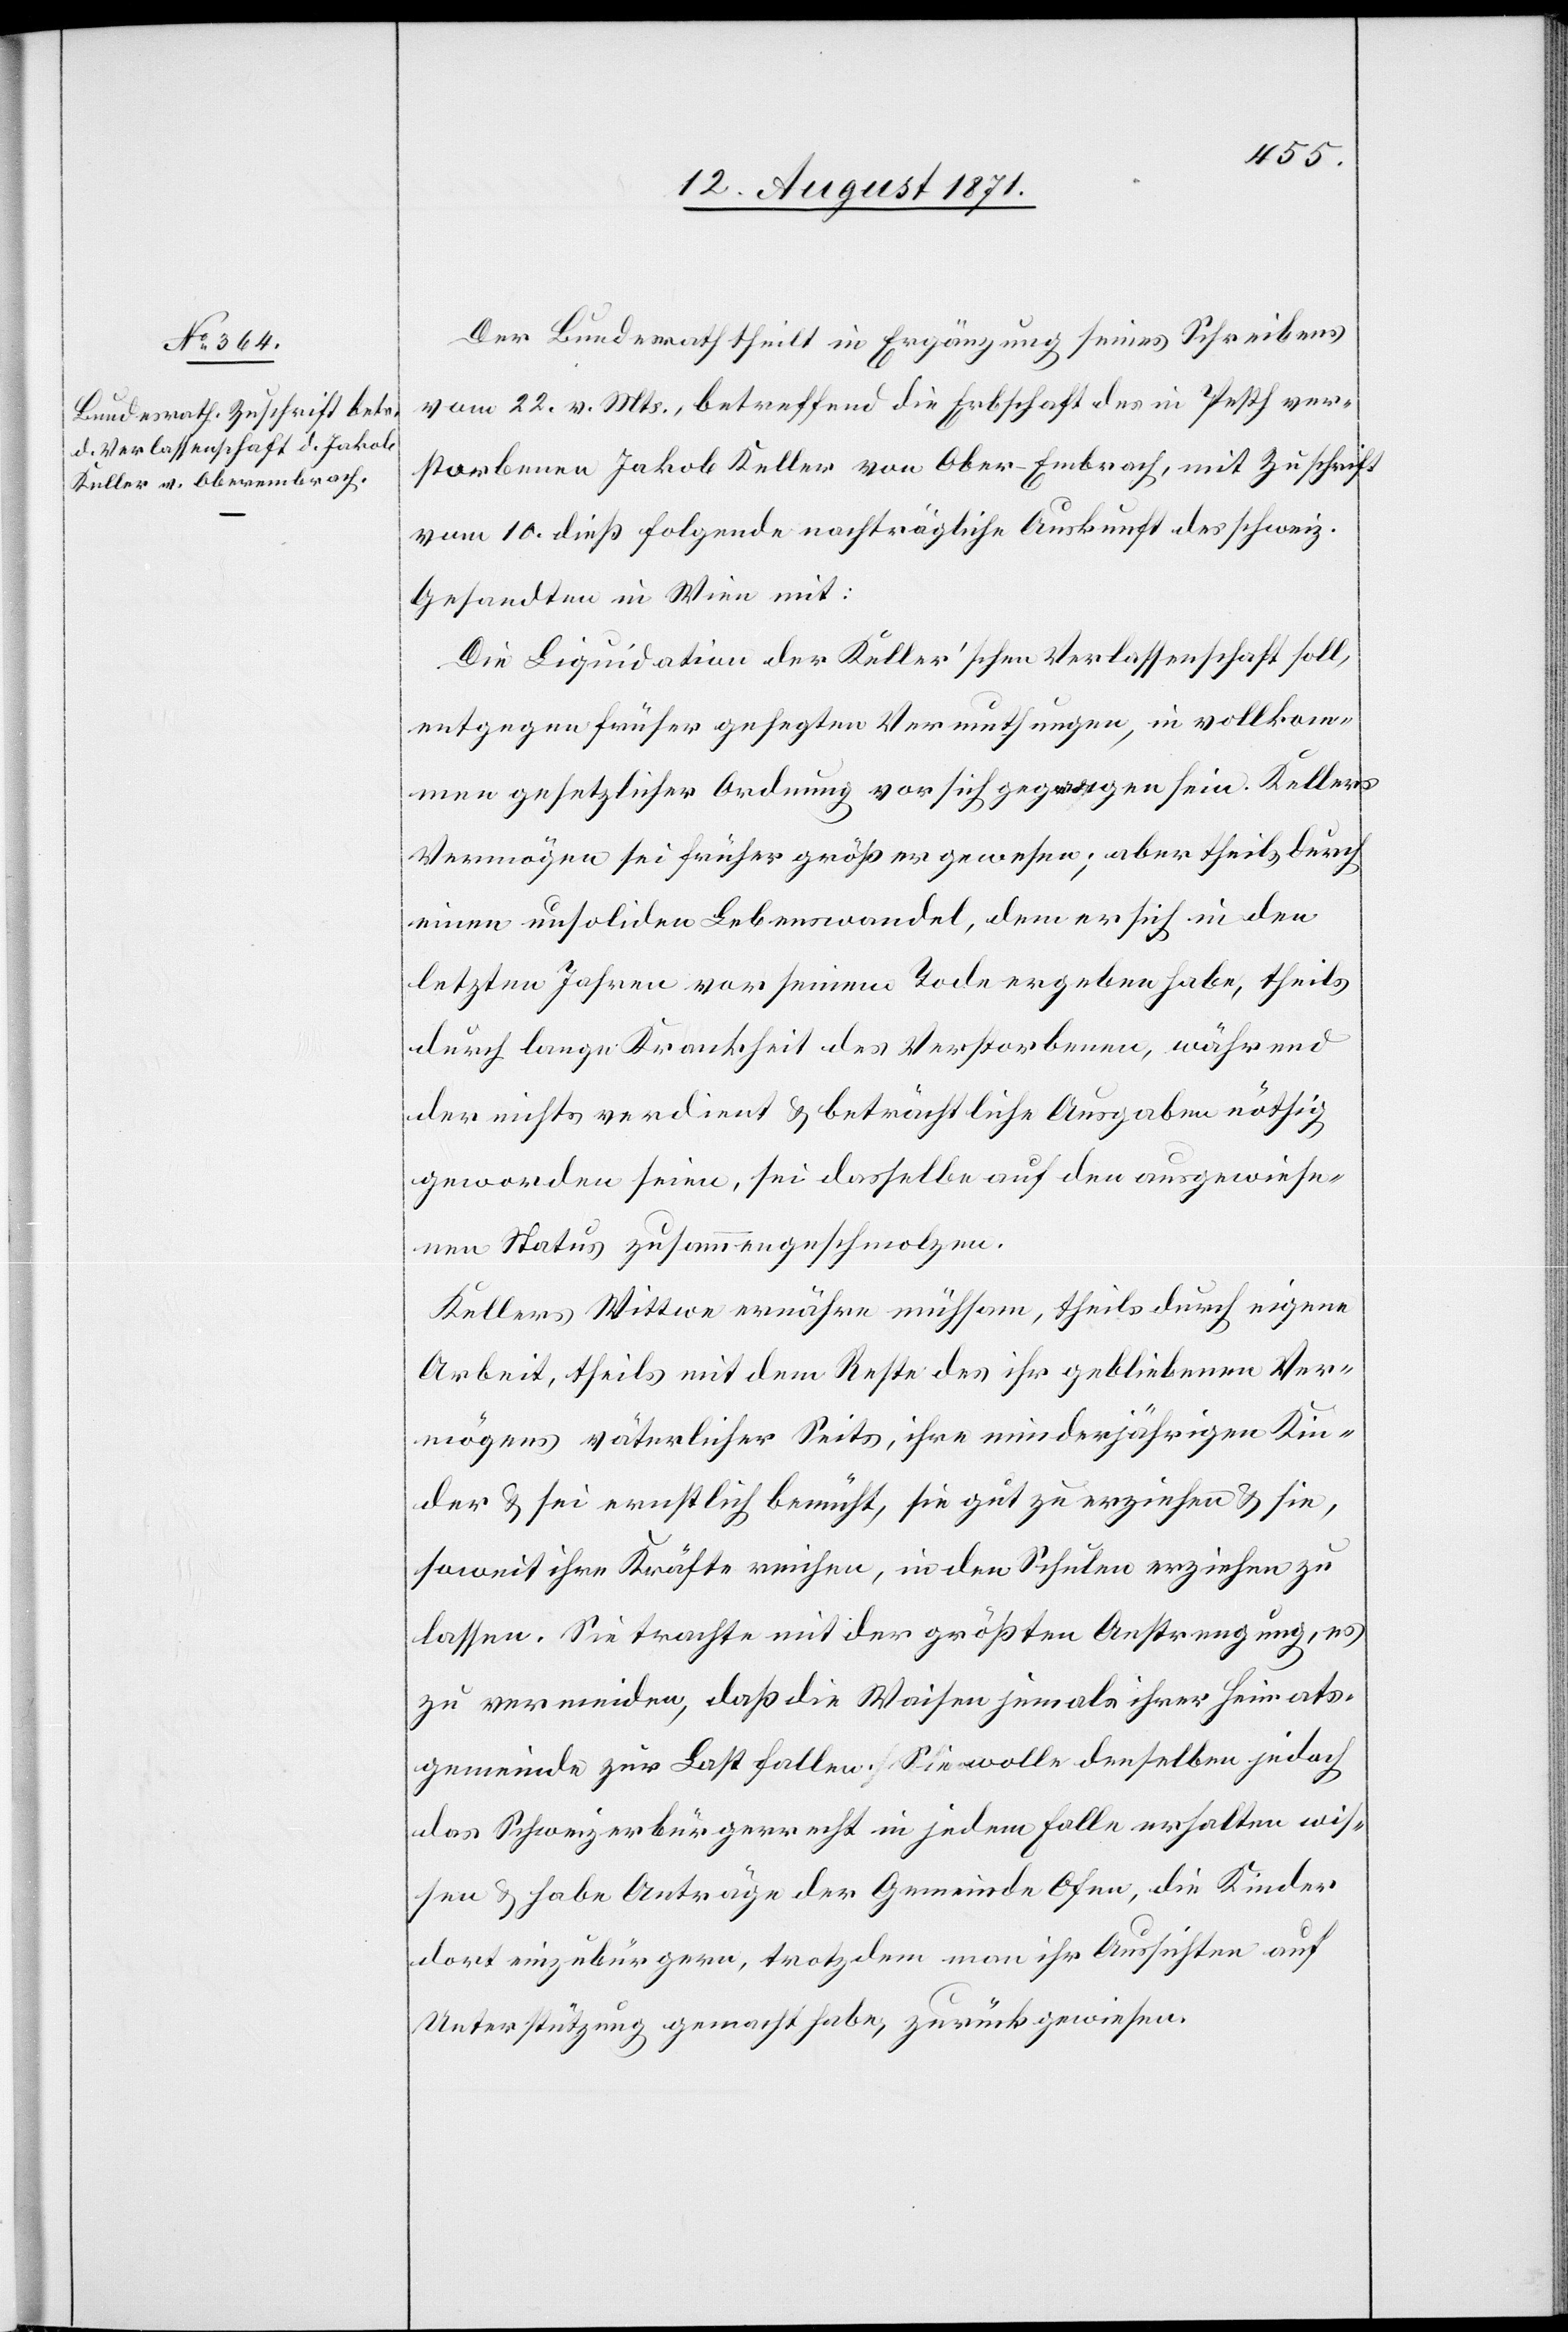
15. August 1871.]
Der Bundesrath theilt in Ergänzung seines Schreibens
vom 22. v. Mts., betreffend die Erbschaft des in Pesth ver¬
storbenen Jakob Keller von Ober-Embrach, mit Zuschrift
vom 10. dieß folgende nachträgliche Auskunft der schweiz.
Gesandten in Wien mit:
Die Liquidation der Keller’schen Verlassenschaft soll,
entgegen früher gehegten Vermuthungen, in vollkom¬
men gesetzlicher Ordnung von sich gegangen sein. Kellers
Vermögen sei früher größer gewesen; aber theils durch
einen unsoliden Lebenswandel, dem er sich in den
letzten Jahren vor seinem Tode ergeben habe, theils
durch lange Krankheit des Verstorbenen, während
der nichts verdient & beträchtliche Ausgaben nöthig
geworden seien, sei derselbe auf den ausgewiese¬
nen Status zusammen geschmolzen.
Kellers Witwe ernähre mühsam, theils durch eigene
Arbeit, theils mit dem Reste des ihr gebliebenen Ver¬
mögens väterlicher Seits, ihre minderjährigen Kin¬
der & sei ernstlich bemüht, sie gut zu erziehen & sie,
soweit ihre Kräfte reichen, in der Schule erziehen zu
lassen. Sie trachte mit der größten Anstrengung, es
zu vermeiden, daß die Waisen jemals ihrer Heimats¬
gemeinde zur Last fallen. Sie wolle denselben jedoch
das Schweizerbürgerrecht in jedem Falle erhalten wis¬
sen & habe Anträge der Gemeinde Ofen, die Kinder
dort einzubürgern, trotzdem man ihr Aussichten auf
Unterstützung gemacht habe, zurückgewiesen.